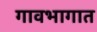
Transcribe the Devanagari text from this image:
गावभागात